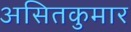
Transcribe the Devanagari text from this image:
असितकुमार